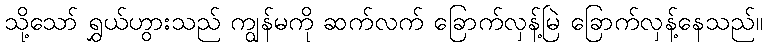
သို့သော် ရွှယ်ဟွားသည် ကျွန်မကို ဆက်လက် ခြောက်လှန့်မြဲ ခြောက်လှန့်နေသည်။